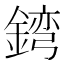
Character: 𲇓